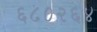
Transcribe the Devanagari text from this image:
६८०२६४